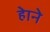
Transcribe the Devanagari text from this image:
हेाने